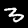
Label: 3